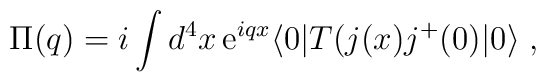
\Pi (q)=  i \int d^{4}x \,{\rm e}^{iqx}    \langle 0|T(j(x)j^{+}(0)|0 \rangle \; ,